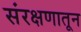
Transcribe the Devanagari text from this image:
संरक्षणातून